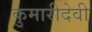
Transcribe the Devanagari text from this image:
कुमारीदेवी